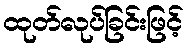
ထုတ်လုပ်ခြင်းဖြင့်